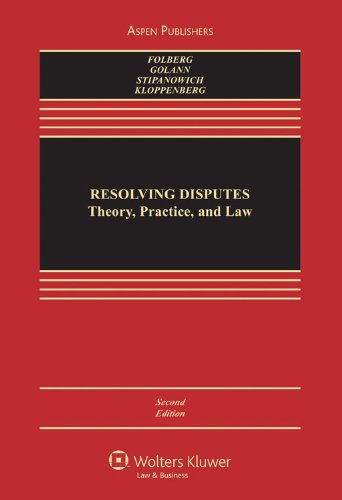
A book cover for Resolving Disputes: Theory, Practice and Law, Second Edition; Jay Folberg; Law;